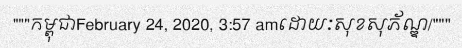
"""កម្ពុជាFebruary 24, 2020, 3:57 amដោយៈសុខសុភ័ណ្ឌ/"""